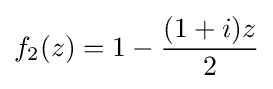
f_{2}(z)=1-{\frac {(1+i)z}{2}}